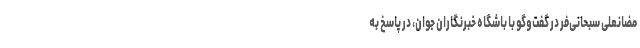
مضانعلی سبحانی‌فر در گفت‌وگو با باشگاه خبرنگاران جوان، در پاسخ به